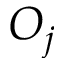
O _ { j }